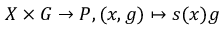
X \times G \to P , ( x , g ) \mapsto s ( x ) g